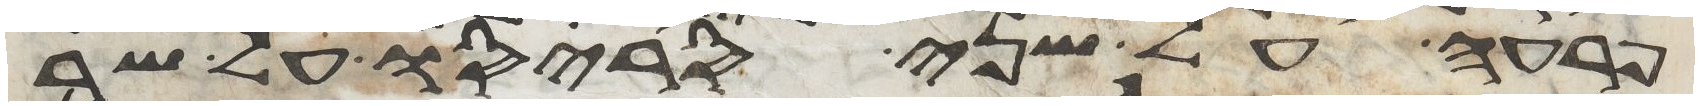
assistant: פרעה על שני סריסיו על שר